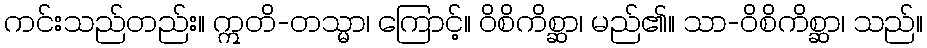
ကင်းသည်တည်း။ ဣတိ-တသ္မာ၊ ကြောင့်။ ဝိစိကိစ္ဆာ၊ မည်၏။ သာ-ဝိစိကိစ္ဆာ၊ သည်။